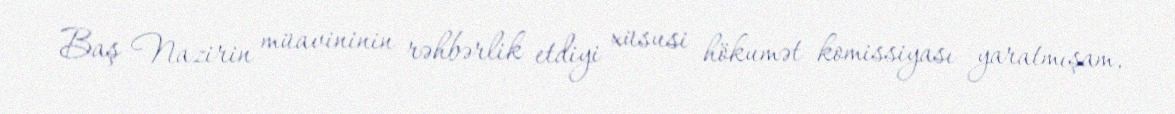
Baş Nazirin müavininin rəhbərlik etdiyi xüsusi hökumət komissiyası yaratmışam,